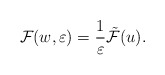
\begin{align*}\mathcal{F}(w,\varepsilon)=\frac{1}{\varepsilon}\tilde{\mathcal{F}}(u).\end{align*}